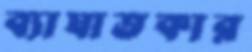
ব্যাঘাতকার